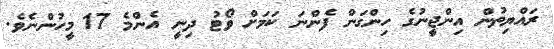
ރައްޔިތުން އިންޖީނުގެ ހިންގަން ފެންނަ ކަމަށް ވޯޓު ދިނީ އެންމެ 17 މީހުންނެވެ.